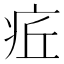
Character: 𤵢